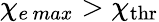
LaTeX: \chi_{e\, max}>\chi_{\mathrm{thr}}